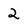
Character: 2